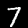
Label: 7